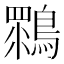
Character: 䳴